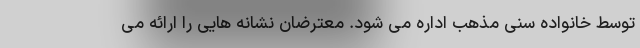
توسط خانواده سنی مذهب اداره می شود. معترضان نشانه هایی را ارائه می